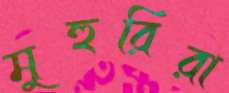
মুহুরিরা